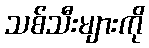
သစ်သီးများကို